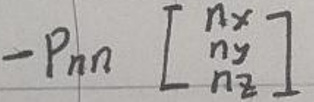
\(-p_{nn} \begin{bmatrix} n_x \\ n_y \\ n_z \end{bmatrix}\)